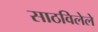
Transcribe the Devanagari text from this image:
साठविलेले